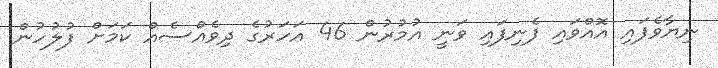
ނިޔާވެފައި އޮއްވައި ފެނިފައި ވަނީ އުމުރުން 46 އަހަރުގެ ދިވެއްސެއް ކަމަށް ފުލުހުން